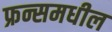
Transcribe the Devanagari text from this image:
फ्रन्समधील